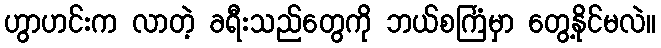
ဟွာဟင်းက လာတဲ့ ခရီးသည်တွေကို ဘယ်စင်္ကြံမှာ တွေ့နိုင်မလဲ။